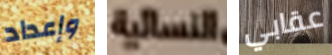
وإعداد النسائية عقابي